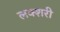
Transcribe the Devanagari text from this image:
लक्शरी